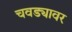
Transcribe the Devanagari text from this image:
चवड्यावर